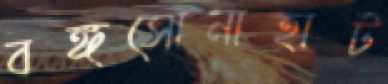
বঙ্গসোনাহাট